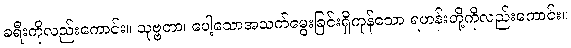
ခရီးကိုလည်းကောင်း။ သုဗ္ဗတာ၊ ပေါ့သောအသက်မွေးခြင်းရှိကုန်သော ရဟန်းတို့ကိုလည်းကောင်း။